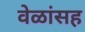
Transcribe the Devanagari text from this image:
वेळांसह